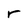
Character: r